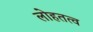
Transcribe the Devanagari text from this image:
लोहतत्व